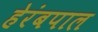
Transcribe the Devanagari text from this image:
हेरंबपाल